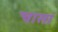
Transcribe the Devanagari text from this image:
चासां